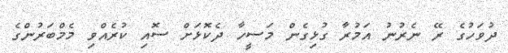
ދުވަހުގެ ރޭ ނެރުނު އަމުރާ ގުޅިގެން މަސީހާ ދެކޮޅަށް ސޮއި ކުރެއްވި މެމްބަރުންގެ